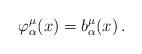
LaTeX: \begin{align*}\varphi^{\mu}_{\alpha}(x)=b^{\mu}_{\alpha}(x)\,.\end{align*}